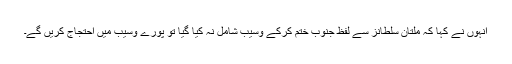
انہوں نے کہا کہ ملتان سلطانز سے لفظ جنوب ختم کرکے وسیب شامل نہ کیا گیا تو پورے وسیب میں احتجاج کریں گے۔